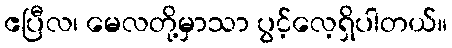
ဧပြီလ၊ မေလတို့မှာသာ ပွင့်လေ့ရှိပါတယ်။